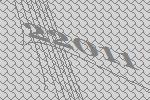
22011